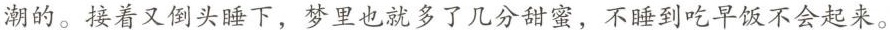
潮的。接着又倒头睡下，梦里也就多了几分甜蜜，不睡到吃早饭不会起来。